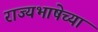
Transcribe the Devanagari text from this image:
राज्यभाषेच्या